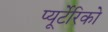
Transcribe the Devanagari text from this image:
प्यूर्टेरिको